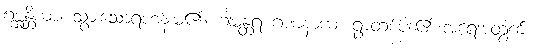
ဂစ္ဆန္တိယာ၊ သွားသောရဟန်းမ၏။ ဂါမန္တရ ဂဏနာယ၊ ရွာတစ်ပါး၏ အရေအတွက်